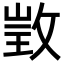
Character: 𢽠